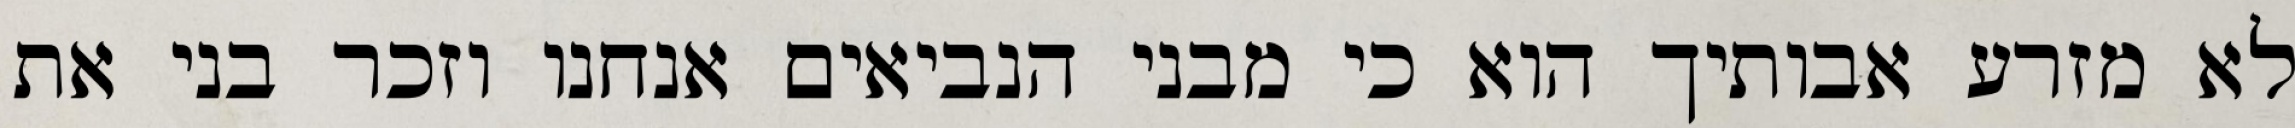
לא מזרע אבותיך הוא כי מבני הנביאים אנחנו וזכר בני את